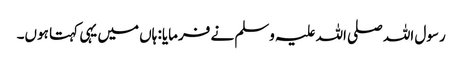
رسول اللہ صلی اللہ علیہ وسلم نے فرمایا: ہاں میں یہی کہتا ہوں۔